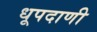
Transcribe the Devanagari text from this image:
धूपदाणी